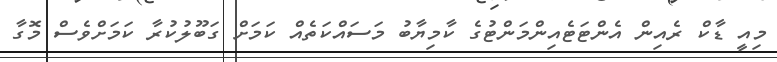
މިއީ ޑާކް ރެއިން އެންޓަޓެއިންމަންޓުގެ ކާމިޔާބު މަސައްކަތެއް ކަމަށް ގަބޫލުކުރާ ކަމަށްވެސް މޮގާ